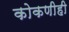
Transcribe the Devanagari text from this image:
कोकणीही